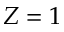
Z = 1